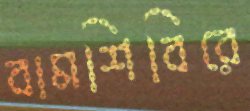
বামশিবিরে